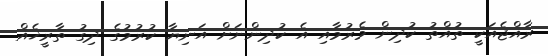
ރާއްޖެއަކީ ތުއްތު ކުދިން މެރުމާއި އެ ކުދިންނަށް އަނިޔާ ކުރުމުގެ ދިގު ތާރީޚެއް